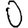
Digit: 0